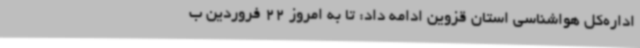
اداره‌کل هواشناسی استان قزوین ادامه داد: تا به امروز 22 فروردین ب